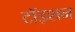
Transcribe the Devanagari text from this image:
टॉइशन